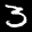
Label: 3